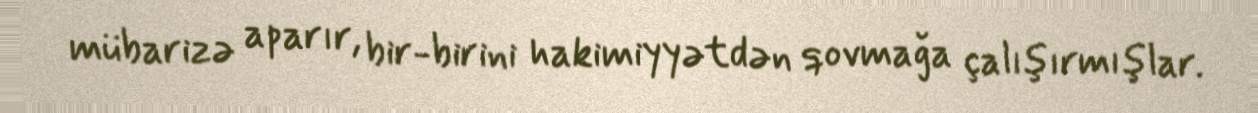
mübarizə aparır, bir-birini hakimiyyətdən qovmağa çalışırmışlar.